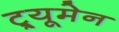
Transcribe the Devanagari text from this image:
ट्र्यूमेन